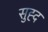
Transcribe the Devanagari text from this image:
सुह्द